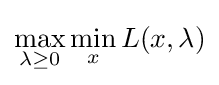
\max _{\lambda \geq 0}\min _{x}L(x,\lambda )